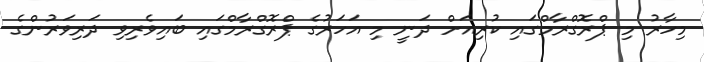
މިހާރު މި ޕްރޮގްރާމްގައި ކުރިއަށް ދަނީ މި އަހަރުގެ ޕްރޮގްރާމްގައި ބައިވެރިވި ދަރިވަރުންގެ